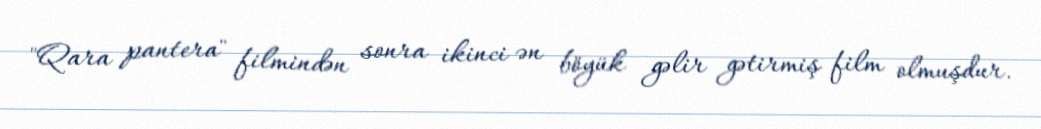
"Qara pantera" filmindən sonra ikinci ən böyük gəlir gətirmiş film olmuşdur.